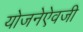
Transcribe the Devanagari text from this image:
योजनेऐवजी